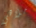
ملاهي